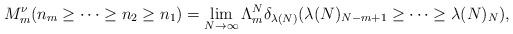
LaTeX: \begin{align*}M_m^{\nu}(n_m \geq \dots \geq n_2 \geq n_1) = \lim_{N\rightarrow\infty}{\Lambda^N_m\delta_{\lambda(N)}(\lambda(N)_{N-m+1} \geq \dots \geq \lambda(N)_N)},\end{align*}